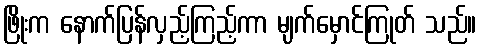
ဖြိုးက နောက်ပြန်လှည့်ကြည့်ကာ မျက်မှောင်ကြုတ် သည်။